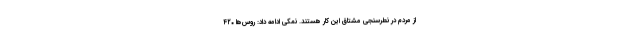
از مردم در نطرسنجی مشتاق این کار هستند. نمکی ادامه داد: روس‌ها ۴۲۰